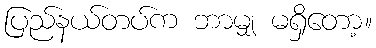
ပြည်နယ်တပ်က ဘာမျှ မရှိတော့။